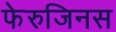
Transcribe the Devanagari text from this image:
फेरुजिनस